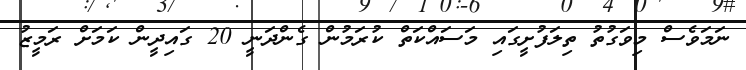
ނަމަވެސް މިވަގުތު ތިލަފުށީގައި މަސައްކަތް ކުރަމުން ގެންދަނީ 20 ގައިދީން ކަމަށް ރަމީޒު